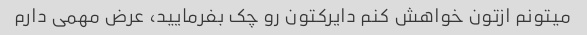
میتونم ازتون خواهش کنم دایرکتون رو چک بفرمایید، عرض مهمی دارم